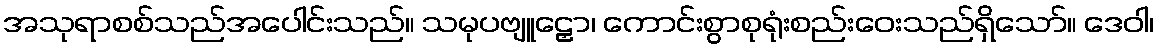
အသုရာစစ်သည်အပေါင်းသည်။ သမုပဗျူဠှော၊ ကောင်းစွာစုရုံးစည်းဝေးသည်ရှိသော်။ ဒေဝါ၊